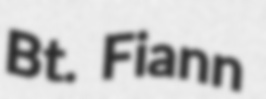
Bt. Fiann